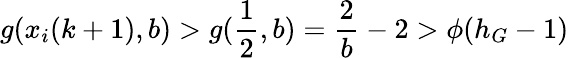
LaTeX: g(x_{i}(k+1),b)>g(\frac{1}{2},b)=\frac{2}{b}-2>\phi(h_{G}-1)